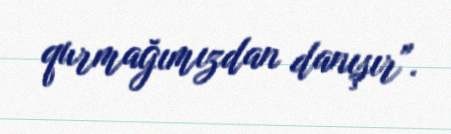
qurmağımızdan danışır".